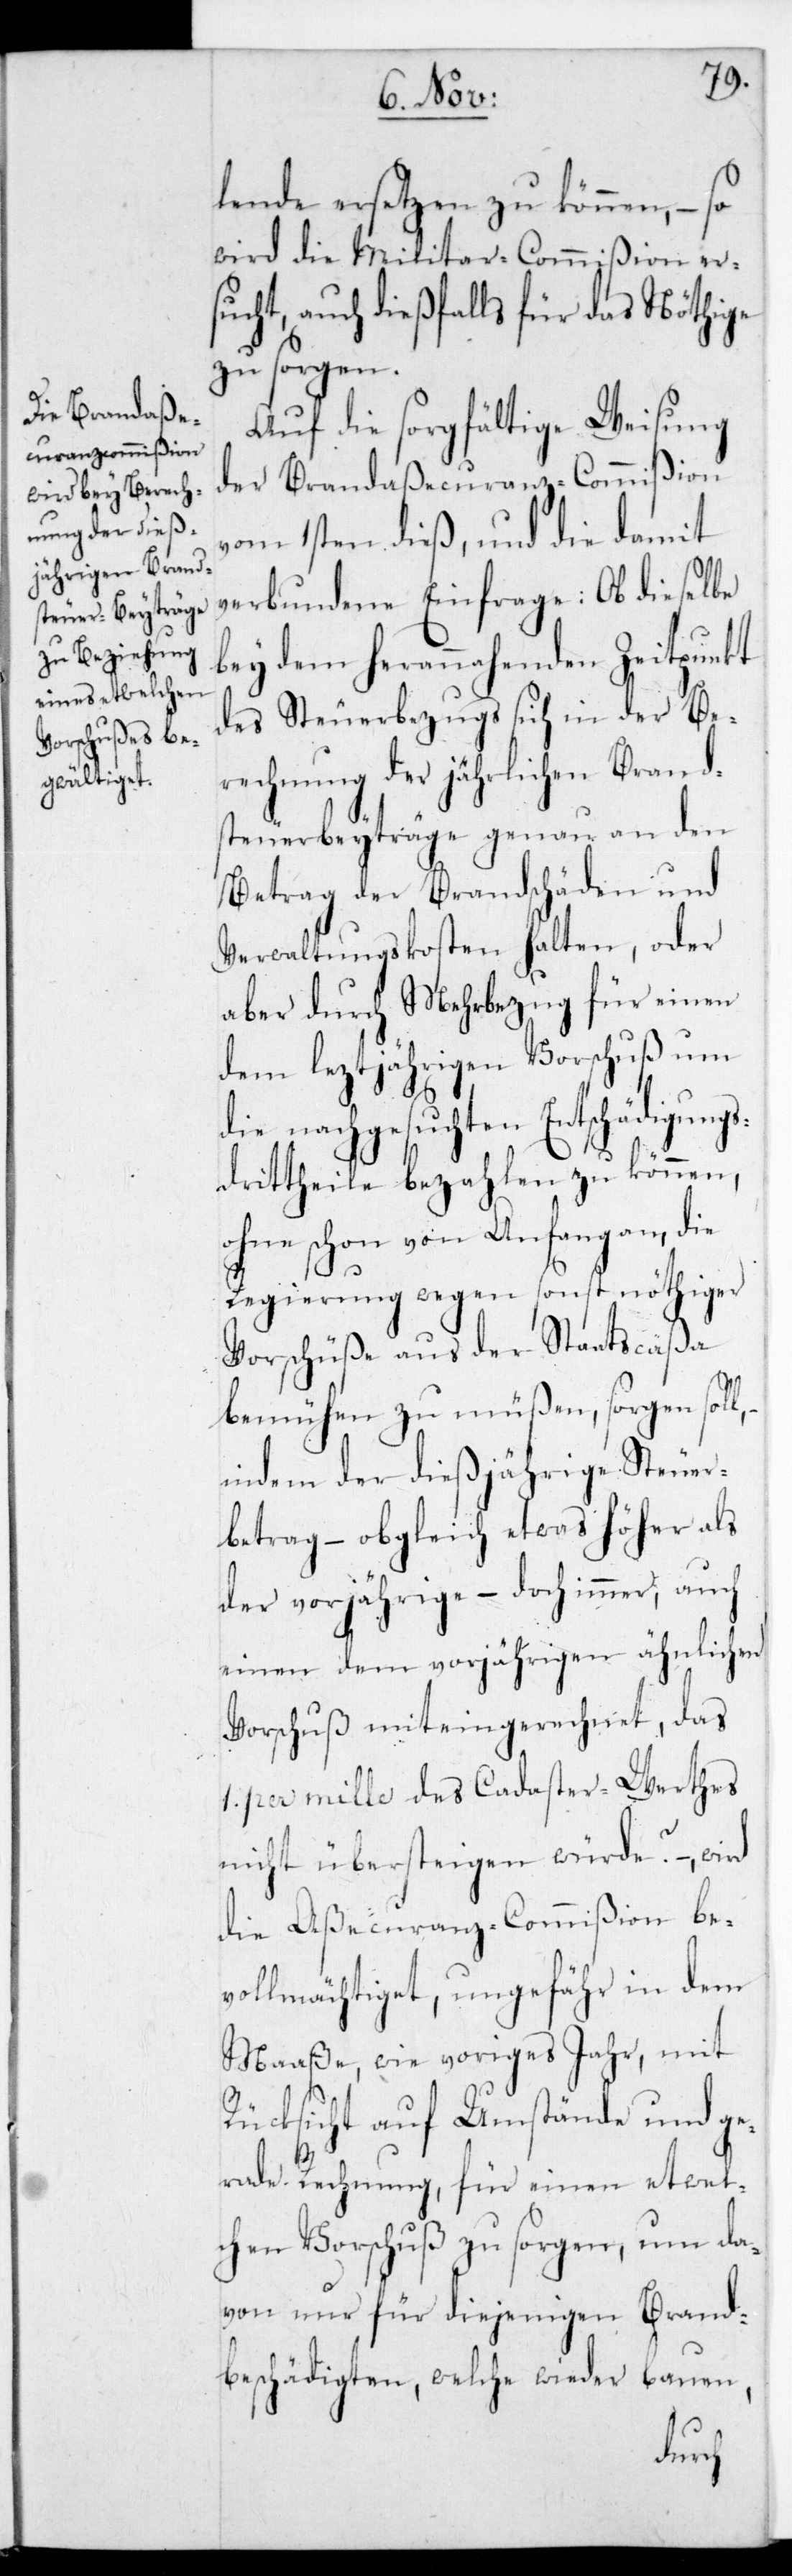
lende ersetzen zu können, – so
wird die Militar-Commißion er¬
sucht, auch dießfalls für das Nöthige
zu sorgen.
Auf die sorgfältige Weisung
der Brandaßecuranz-Commißion
vom 1sten dieß, und die damit
verbundene Einfrage: Ob dieselbe
bey dem herannahenden Zeitpunkt
des Steuerbezugs sich in der Be¬
rechnung der jährlichen Brand¬
steuerbeyträge genau an den
Betrag der Brandschäden und
Verwaltungskosten halten, oder
aber durch Mehrbezug für einen
dem leztjährigen Vorschuß um
die nachgesuchten Entschädigungs¬
drittheile bezahlen zu können,
ohne schon von Anfang an, die
Regierung wegen sonst nöthiger
Vorschüße aus der Staatscaßa
bemühen zu müßen, sorgen soll,
indem der dießjährige Steuer¬
betrag, – obgleich etwas höher als
der vorjährige, – doch immer, auch
einen dem vorjährigen ähnlichen
Vorschuß miteingerechnet, das
1. per mille des Cadaster-Werthes
nicht übersteigen würde? – wird
die Aßecuranz-Commißion be¬
vollmächtiget, ungefähr in dem
Maaße, wie voriges Jahr, mit
Rücksicht auf Umstände und ge¬
rade Rechnung, für einen etwel¬
chen Vorschuß zu sorgen, um da¬
von nur für diejenigen Brand¬
beschädigten, welche wieder bauen,